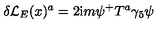
\delta { \cal L } _ { E } ( x ) ^ { a } = 2 \mathrm { i } m \psi ^ { + } T ^ { a } \gamma _ { 5 } \psi